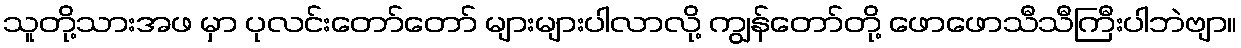
သူတို့သားအဖ မှာ ပုလင်းတော်တော် များများပါလာလို့ ကျွန်တော်တို့ ဖောဖောသီသီကြီးပါဘဲဗျာ။